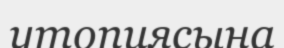
утопиясына